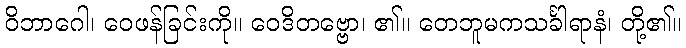
ဝိဘာဂေါ၊ ဝေဖန်ခြင်းကို။ ဝေဒိတဗ္ဗော၊ ၏။ တေဘူမကသင်္ခါရာနံ၊ တို့၏။